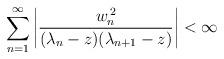
LaTeX: \begin{align*}\sum_{n=1}^{\infty}\left|\frac{w_{n}^{\,2}}{(\lambda_{n}-z)(\lambda_{n+1}-z)}\right|<\infty\end{align*}